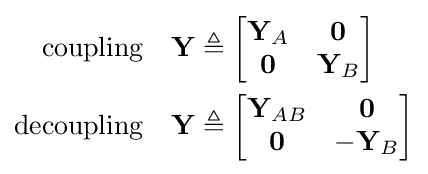
{\begin{aligned}{\text{coupling}}\quad \mathbf {Y} &\triangleq {\begin{bmatrix}\mathbf {Y} _{A}&\mathbf {0} \\\mathbf {0} &\mathbf {Y} _{B}\end{bmatrix}}\\{\text{decoupling}}\quad \mathbf {Y} &\triangleq {\begin{bmatrix}\mathbf {Y} _{AB}&\mathbf {0} \\\mathbf {0} &-\mathbf {Y} _{B}\end{bmatrix}}\end{aligned}}